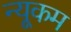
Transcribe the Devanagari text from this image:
न्यूकम